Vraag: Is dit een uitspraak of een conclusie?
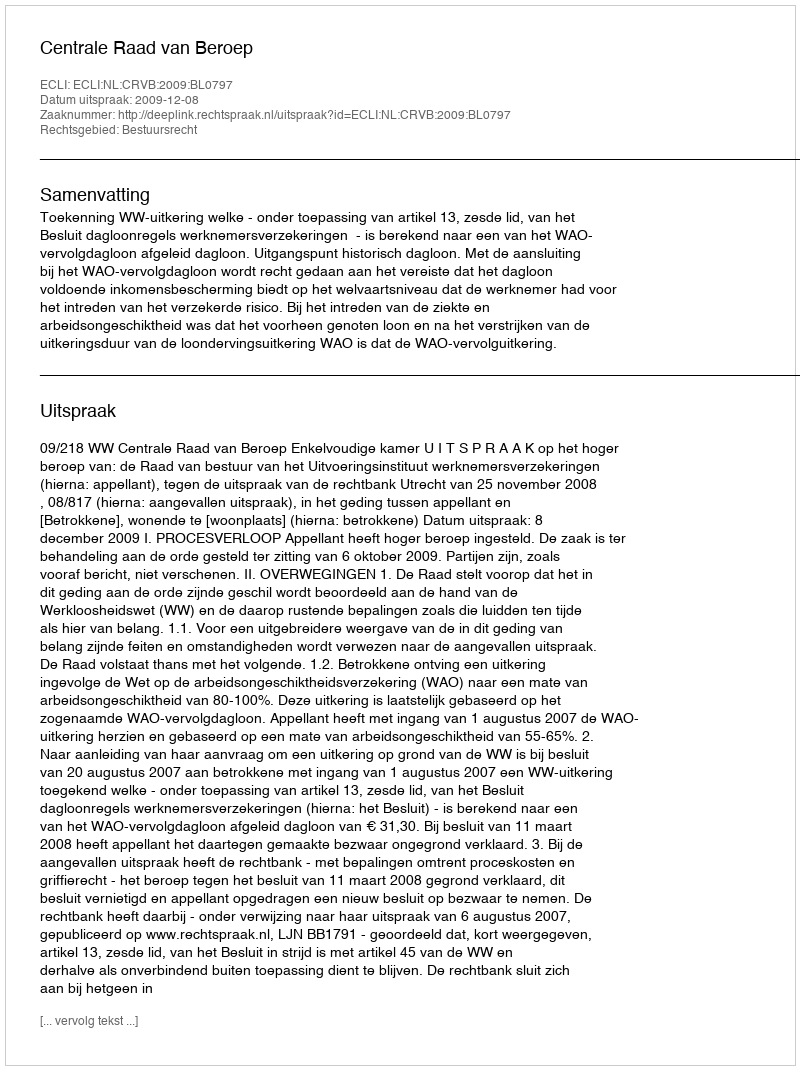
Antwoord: Uitspraak